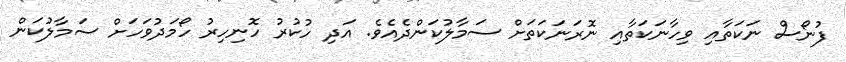
ފުނޯސް ނަކަތާއި ވިހާނަކަތާއި ނޮރަނަކަތަށް ސަމާލުކަންދެއެވެ. އަދި ހުކުރު ހޮނިހިރު ހޯމަދުވަހަށް ސަމާލުކަން